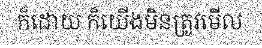
ក៏ដោយ ក៏យើងមិនត្រូវមើល